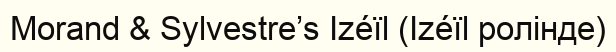
Morand & Sylvestre’s Izéïl (Izéïl ролінде)